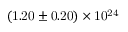
\mathrm { { ( 1 . 2 0 \pm 0 . 2 0 ) \times 1 0 ^ { 2 4 } } }